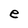
Character: e